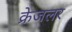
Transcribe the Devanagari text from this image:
क्रेजलर